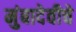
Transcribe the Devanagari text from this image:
मुंबादेवीचे